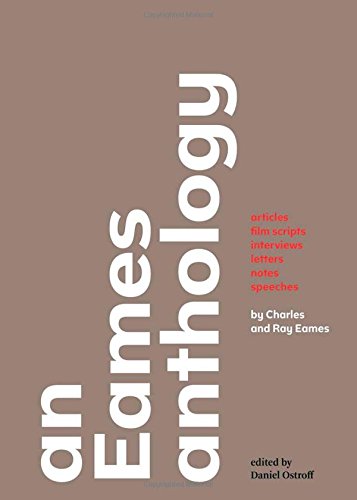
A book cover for An Eames Anthology: Articles, Film Scripts, Interviews, Letters, Notes, and Speeches; Charles Eames; Arts & Photography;